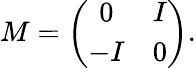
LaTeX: M=\left(\begin{array}{cc}{{0}}&{{I}}\\ {{-I}}&{{0}}\end{array}\right).